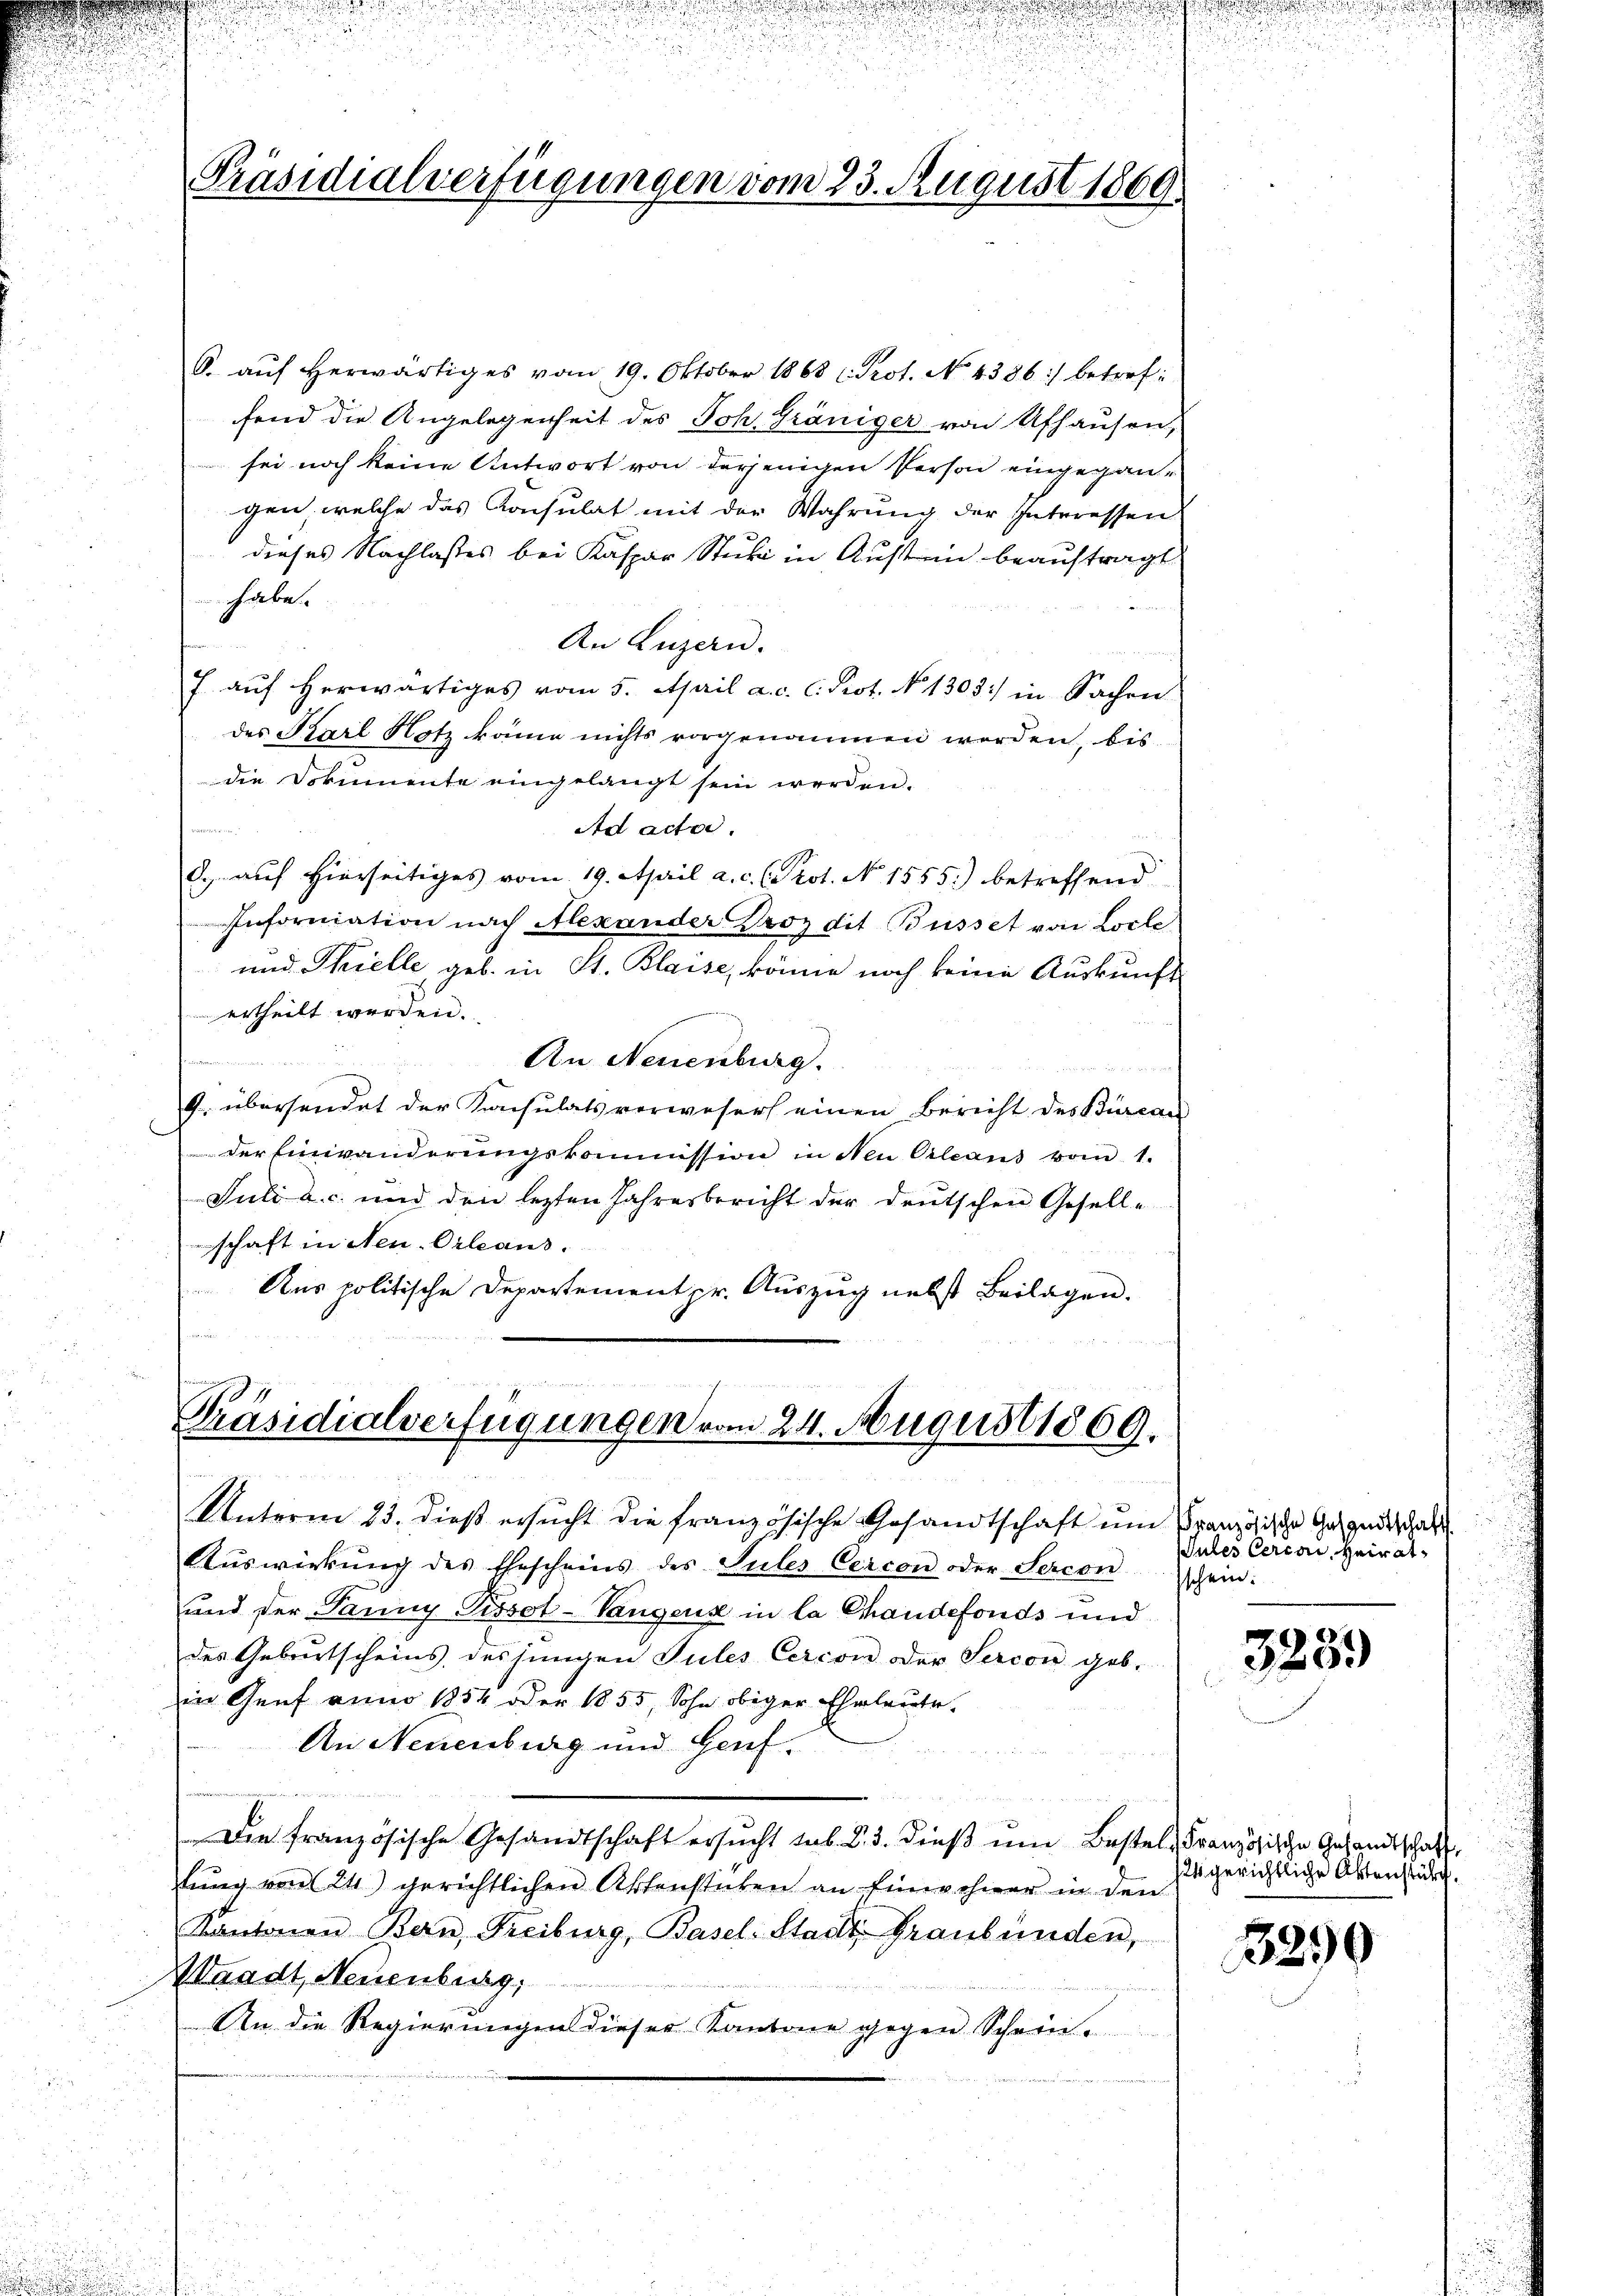
Präsidialverfügungen vom 23. August 1869.

O. aŭf herwärtiges vom 19. Oktober 1868 (Prot. No. 4386) betreffend die Angelegenheit des Joh. Gräniger von Afhausen,
sei noch keine Antwort von derjenigen Person eingegangen, welche das Konsulat mit der Wahrung der Interessen
dieses Nachlasses bei Kaspar Stubi in Austrin beauftragt
habe.
An Luzern.
7 auf herwärtiges vom 5. April a. c. l. Prot. No. 1303) in Sachen
des Karl Notz käme nichts vorgenommen worden, bis
die Dokumente eingelangt sein werden.
Ad actes.
d. auf hierseitiges vom 19. April a. c. (Prot. No 1555.) betreffend
Information nach Alexander Proz dit Busset von Loche
und Thielle, geb. in St. Blaise, könne noch keine Auskunft
ertheilt werden.
e
An Neuenburg.
n
G. übersendet der Konsulats verweser einen Bericht des Bürcan
der Einwanderŭngskommission in Neu Orleans vom 1.
Juli a. c. und den lezten Jahresbericht der deutschen Geselle
schaft in Neu-Orleans.
Aus politische Departement pr. Auszug nebst Beilagen.

Präsidialverfügungen vom 24. August 1869.
m
Unterm 23. dieß ersŭcht die französische Gesandtschaft ŭm Französische Gesandtschaft

Aŭswirkŭng des Ehescheins des Sules Circon oder Serconschein:
und der Panny Pissot-Vangens in la Chandefonds und
des Gebietscheins, des jungen Tules Cercon der Sercon geb.
in Genf anno 1854 oder 1855, Sohn obiger Eheleute.
An Neuenburg und Heuf¬
u
Die französische Gesandtschaft ersŭcht sub. 2. 3. dieβ ŭm Bestel, Französische Gesandtschaft
stung von 24) gerichtlichen Aktensteten an Einwohner in den
Sintonen Bern, Freiburg, Basel-Stadt Graubünden,
Waadt, Neuenburg,
An die Regierungen dieser Kantone gegen Schein.

Jules Cercai, Heirat

3259

124 gerichtliche Aktenstürz

3290